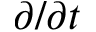
\partial / \partial t